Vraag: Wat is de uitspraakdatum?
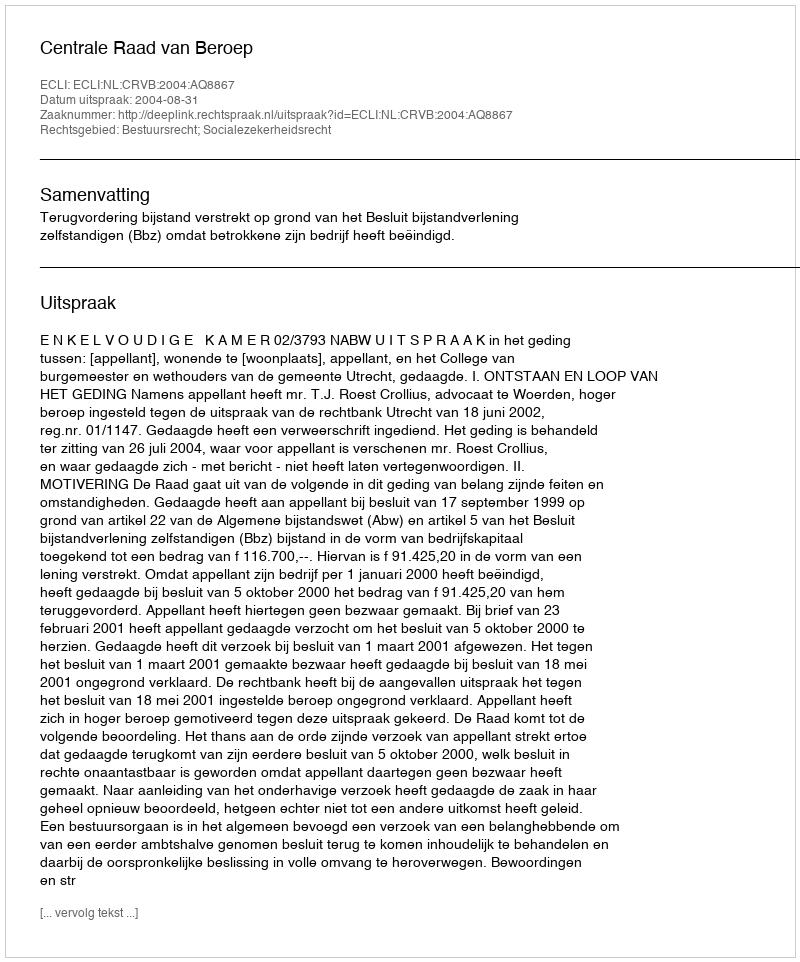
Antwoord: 2004-08-31